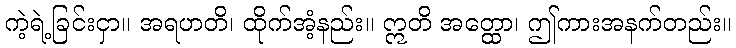
ကဲ့ရဲ့ခြင်းငှာ။ အရဟတိ၊ ထိုက်အံ့နည်း။ ဣတိ အတ္ထော၊ ဤကားအနက်တည်း။